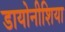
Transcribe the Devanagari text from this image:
डायोनीशिया